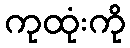
ကုထုံးကို